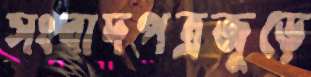
সংবাদপত্রজুড়ে